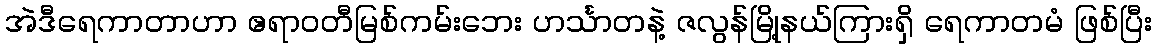
အဲဒီရေကာတာဟာ ဧရာဝတီမြစ်ကမ်းဘေး ဟင်္သာတနဲ့ ဇလွန်မြို့နယ်ကြားရှိ ရေကာတမံ ဖြစ်ပြီး